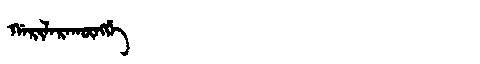
Manchu: ᡤᠠᡵᡳᠯᠠᡵᠠᡴᡡᠩᡤᡝ
Romanization: GARILARAKŪNGGE